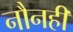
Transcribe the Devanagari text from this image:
नौनहीं